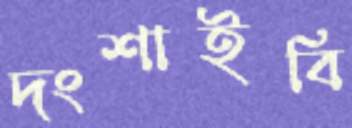
দংশাইবি